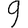
Digit: 9